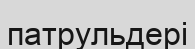
патрульдері